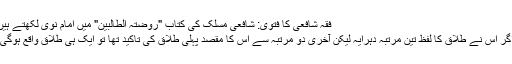
فقہ شافعی کا فتویٰ: شافعی مسلک کی کتاب "روضتہ الطالبین" میں امام نویؒ لکھتے ہیں:
"اگر اس نے طلاق کا لفظ تین مرتبہ دُہرایہ لیکن آخری دو مرتبہ سے اس کا مقصد پہلی طلاق کی تاکید تھا تو ایک ہی طلاق واقع ہوگی"۔